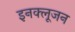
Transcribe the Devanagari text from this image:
इनक्लूजन